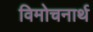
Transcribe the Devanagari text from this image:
विमोचनार्थ